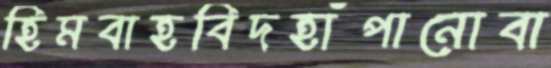
হিমবাহবিদহাঁপানোবা